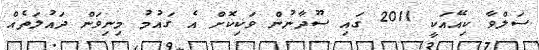
ސަލްވާ ކިއޭއަކީ 2011 ގައި ސޫދާނުން ވަކިކޮށް އެ ގައުމު މިނިވަން ދައުލަތެއް